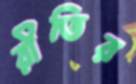
রীতির